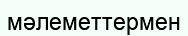
мәлеметтермен